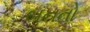
બનતો